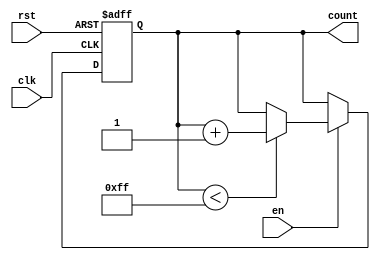
module incremental_counter #(
    parameter MAX_VAL = 8'hFF  // Parameterized maximum value (8-bit max value)
)(
    input wire clk,             // Clock signal
    input wire rst,             // Asynchronous reset
    input wire en,              // Enable signal
    output reg [7:0] count      // Current count value (8-bit)
);

    // Memory block to store the current count value
    reg [7:0] memory_block; // 8-bit memory block

    // Initial block to set the initial count value
    initial begin
        memory_block = 8'b0; // Initialize memory block to zero
    end

    // Always block for counting logic
    always @(posedge clk or posedge rst) begin
        if (rst) begin
            // Asynchronous reset
            memory_block <= 8'b0; // Reset memory block to zero
        end else if (en) begin
            // Increment the counter if enabled
            if (memory_block < MAX_VAL) begin
                memory_block <= memory_block + 1; // Increment count
            end
            // If at maximum value, hold the count (no increment)
        end
    end

    // Assign the memory block value to the output count
    always @(*) begin
        count = memory_block; // Output the current count value
    end

endmodule